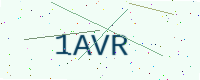
Text: 1AVR